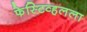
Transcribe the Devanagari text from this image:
फेस्टिव्हलला